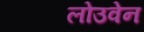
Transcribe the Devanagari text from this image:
लोउवेन